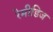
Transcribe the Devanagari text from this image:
रेमीडिज